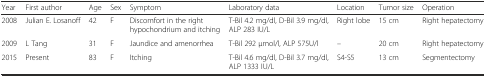
| Year | First author | Age | Sex | Symptom | Laboratory data | Location | Tumor size | Operation |
 | --- | --- | --- | --- | --- | --- | --- | --- | --- |
 | 2008 | Julian E. Losanoff | 42 | F | Discomfort in the right hypochondrium and itching | T-Bil 4.2 mg/dl, D-Bil 3.9 mg/dl, ALP 283 IU/L | Right lobe | 15 cm | Right hepatectomy |
 | 2009 | L Tang | 31 | F | Jaundice and amenorrhea | T-Bil 292 μmol/l, ALP 575U/l | – | 20 cm | Right hepatectomy |
 | 2015 | Present | 83 | F | Itching | T-Bil 4.6 mg/dl, D-Bil 3.7 mg/dl, ALP 1333 IU/L | S4-S5 | 13 cm | Segmentectomy |